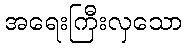
အရေးကြီးလှသော